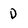
Character: D